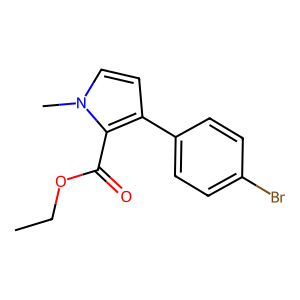
SMILES: CCOC(=O)c1c(-c2ccc(Br)cc2)ccn1C
Inhibits HIV replication: No